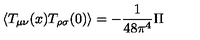
\langle T _ { \mu \nu } ( x ) T _ { \rho \sigma } ( 0 ) \rangle = - { \frac { 1 } { 4 8 \pi ^ { 4 } } } { \Pi }